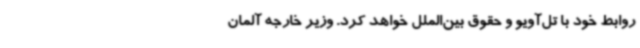
روابط خود با تل‌آویو و حقوق بین‌الملل خواهد کرد. وزیر خارجه آلمان